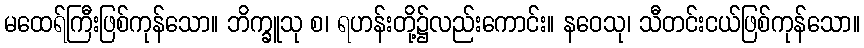
မထေရ်ကြီးဖြစ်ကုန်သော။ ဘိက္ခူသု စ၊ ရဟန်းတို့၌လည်းကောင်း။ နဝေသု၊ သီတင်းငယ်ဖြစ်ကုန်သော။